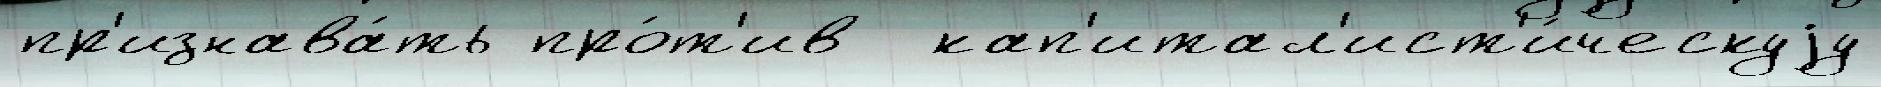
пр'изнава́ть про́т'ив  кап'итал'ист'и́ческуjу